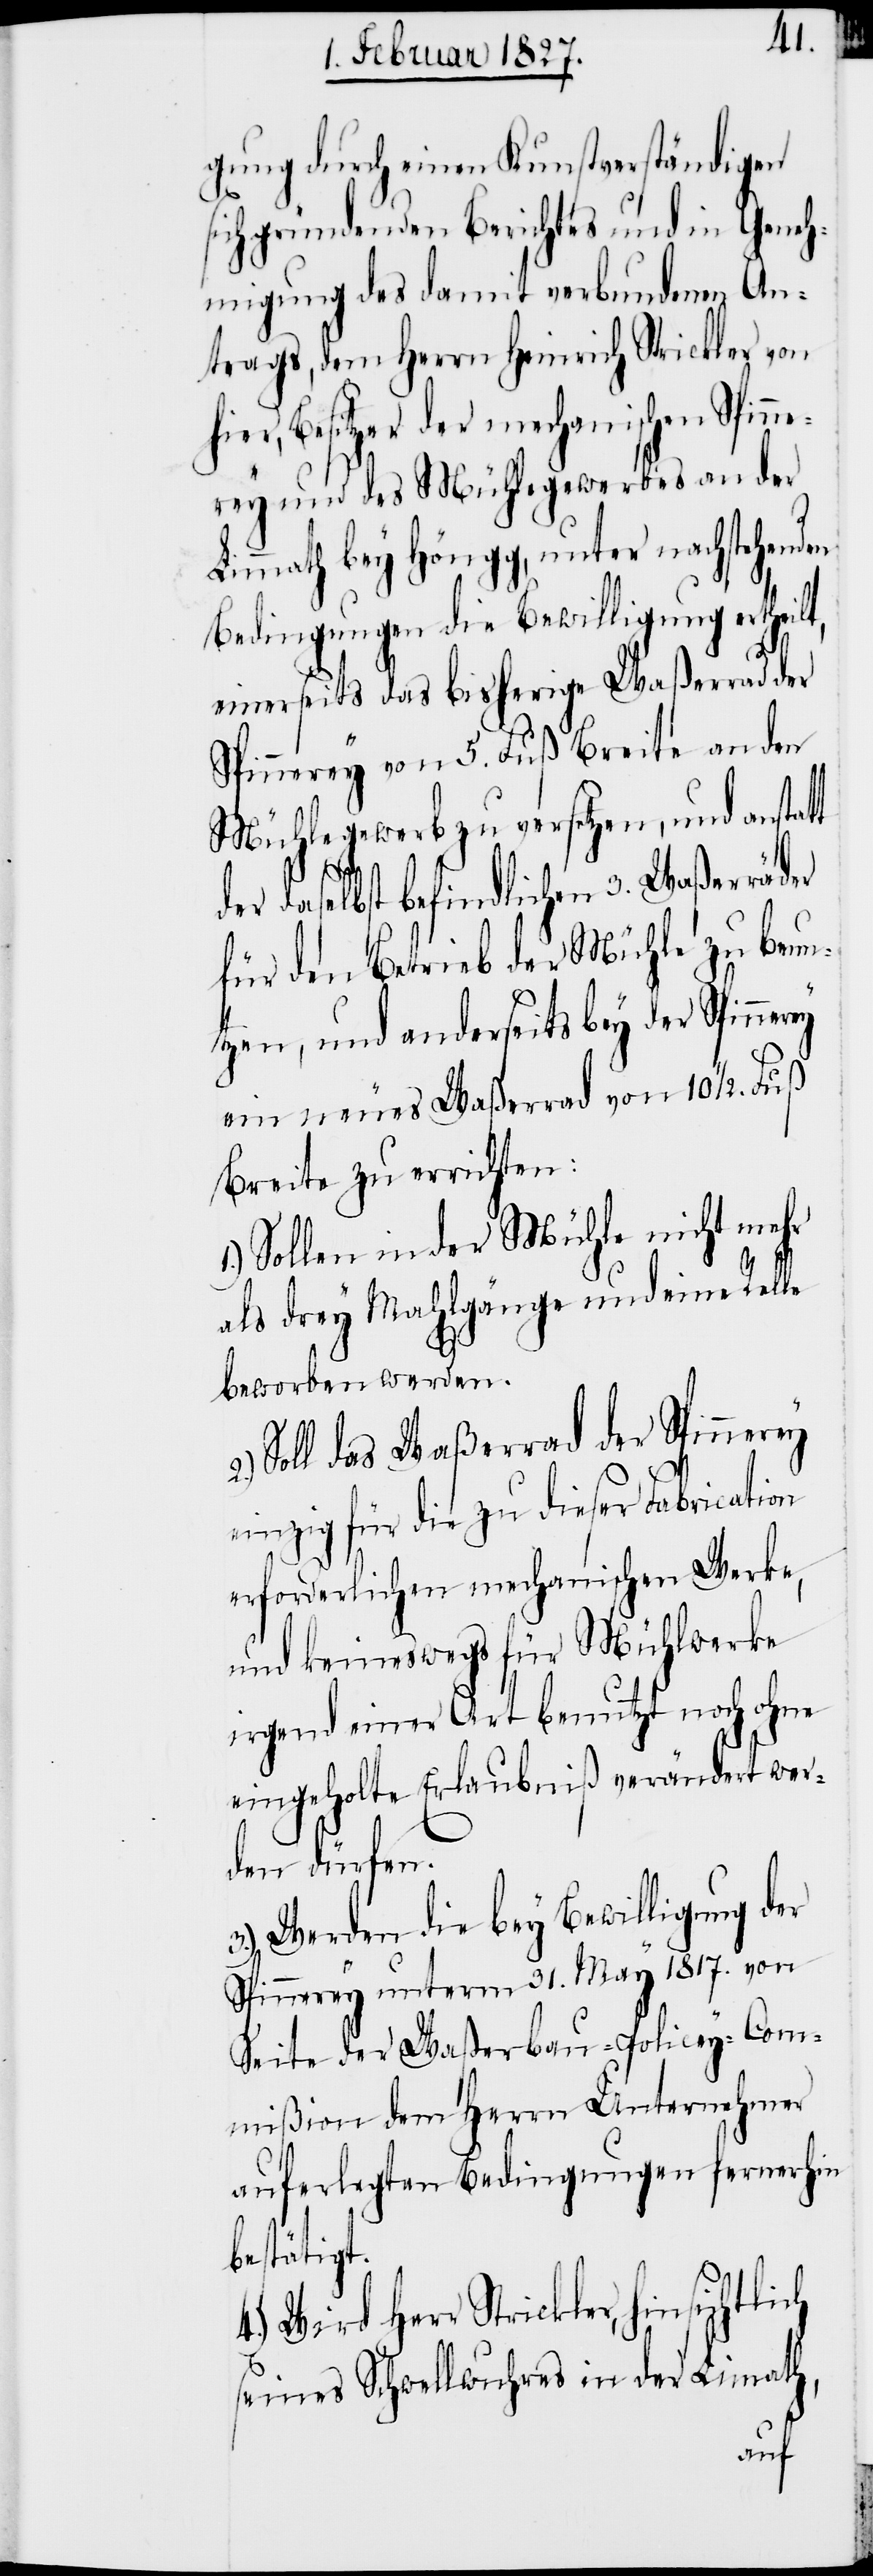
nerey
gung durch einen Kunstverständigen
sich gründenden Berichtes und in Geneh¬
migung des damit verbundenen An¬
trags, dem Herrn Heinrich Strickler von
Besitzer der mechanischen Spin¬
nerey und des Mühlegewerbes an der
Limmath bey Höngg, unter nachstehenden
Bedingungen die Bewilligung ertheilt,
einerseits das bisherige Waßerrad der
Spinnerey von 5. Fuß Breite an den
Mühlegewerb zu versetzen, und anstatt
daselbst befindlichen 3. Waßerräder
für den Betrieb der Mühle zu benu¬
tzen, und anderseits bey der Spin¬
ein neues Waßerrad von 10½. Fuß
Breite zu errichten:
Sollen in der Mühle nicht mehr
als drey Mahlgänge und eine Relle
beworben werden.
Soll das Waßerrad der Spinnerey
einzig für die zu dieser Fabrication
erforderlichen mechanischen Werke,
und keineswegs für Mühlwerke
irgend einer Art benutzt noch ohne
eingeholte Erlaubniß verändert wer¬
den dürfen.
3.) Werden die bey Bewilligung der
Spinnerey unterm 31. May 1817. von
Seite der Waßerbau-Policey-Com¬
mißion dem Herrn Unternehmer
auferlegten Bedingungen fernerhin
bestätigt.
4.) Wird Herr Strickler, hinsichtlich
seines Schwellwuhres in der Limmath,